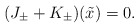
\begin{align*}(J_\pm+ K_\pm)(\tilde x)=0.\end{align*}